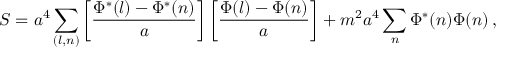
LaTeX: S = a ^ { 4 } \sum _ { ( l , n ) } \left[ \frac { \Phi ^ { * } ( l ) - \Phi ^ { * } ( n ) } { a } \right] \left[ \frac { \Phi ( l ) - \Phi ( n ) } { a } \right] + m ^ { 2 } a ^ { 4 } \sum _ { n } \Phi ^ { * } ( n ) \Phi ( n ) \, ,